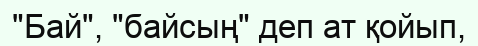
"Бай", "байсың" деп ат қойып,